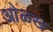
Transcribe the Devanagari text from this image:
आेळख